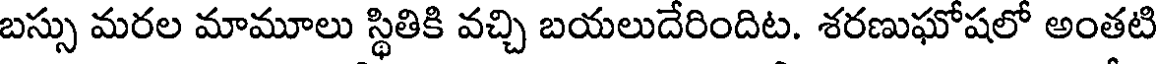
బస్సు మరల మామూలు స్థితికి వచ్చి బయలుదేరిందిట. శరణుఘోషలో అంతటి